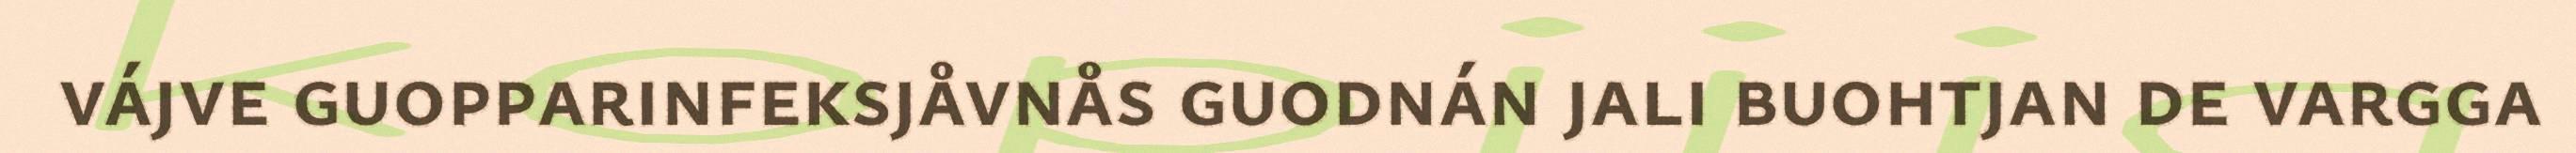
vájve guopparinfeksjåvnås guodnán jali buohtjan de vargga